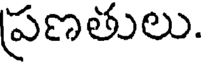
ప్రణతులు.